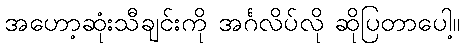
အဟော့ဆုံးသီချင်းကို အင်္ဂလိပ်လို ဆိုပြတာပေါ့။